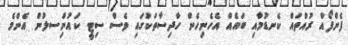
ފެންފޯއް ރުއްތައް ކެނޑުމާއި ބައެއް އެހެނިހެން ހާދިސާތަކުގައި ވެސް ސިޓީ ކައުންިސލުން އެންމެ